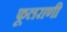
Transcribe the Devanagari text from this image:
फूलराणी